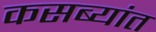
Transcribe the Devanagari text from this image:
कसब्यांत